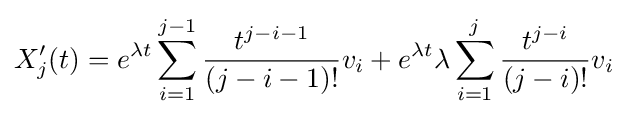
X'_{j}(t)=e^{\lambda t}\sum _{i=1}^{j-1}{\frac {t^{j-i-1}}{(j-i-1)!}}v_{i}+e^{\lambda t}\lambda \sum _{i=1}^{j}{\frac {t^{j-i}}{(j-i)!}}v_{i}